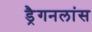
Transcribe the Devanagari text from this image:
ड्रैगनलांस